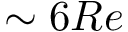
\sim 6 R e